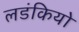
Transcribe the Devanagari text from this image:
लडंकियो